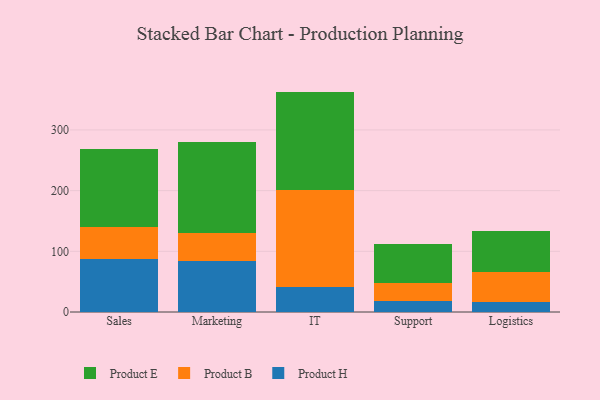
{"axis": {"x": "Department", "y": "Backlog"}, "legend": ["Product B", "Product E", "Product H"], "data": [{"x": "Sales", "y": 87.8, "type": "Product H"}, {"x": "Sales", "y": 52.2, "type": "Product B"}, {"x": "Sales", "y": 129.1, "type": "Product E"}, {"x": "Marketing", "y": 83.9, "type": "Product H"}, {"x": "Marketing", "y": 46.1, "type": "Product B"}, {"x": "Marketing", "y": 149.9, "type": "Product E"}, {"x": "IT", "y": 42.0, "type": "Product H"}, {"x": "IT", "y": 158.3, "type": "Product B"}, {"x": "IT", "y": 162.9, "type": "Product E"}, {"x": "Support", "y": 18.4, "type": "Product H"}, {"x": "Support", "y": 29.1, "type": "Product B"}, {"x": "Support", "y": 64.9, "type": "Product E"}, {"x": "Logistics", "y": 15.7, "type": "Product H"}, {"x": "Logistics", "y": 50.0, "type": "Product B"}, {"x": "Logistics", "y": 68.3, "type": "Product E"}]}